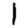
Digit: 1